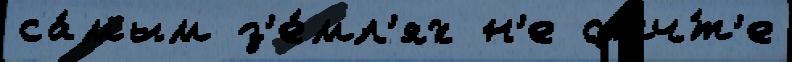
са́мым з'е́мл'ях н'е отч́т'е